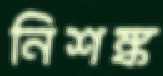
নিশঙ্ক